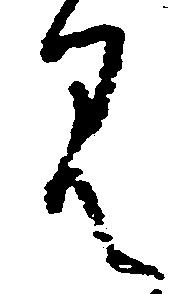
見